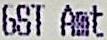
GST AMT